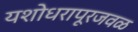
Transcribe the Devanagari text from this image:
यशोधरापूरजवळ